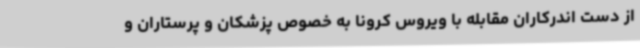
از دست اندرکاران مقابله با ویروس کرونا به خصوص پزشکان و پرستاران و